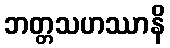
ဘတ္တသဟဿာနိ